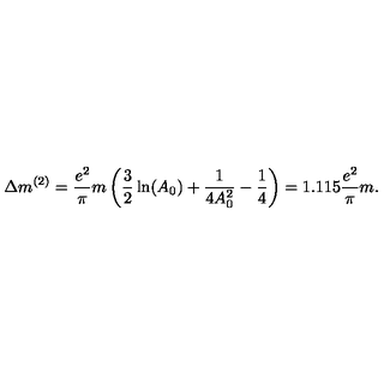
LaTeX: \Delta m ^ { ( 2 ) } = \frac { e ^ { 2 } } \pi m \left( \frac 3 2 \ln ( A _ { 0 } ) + \frac 1 { 4 A _ { 0 } ^ { 2 } } - \frac 1 4 \right) = 1 . 1 1 5 \frac { e ^ { 2 } } \pi m .